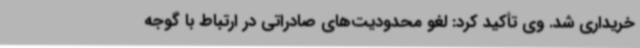
خریداری شد. وی تأکید کرد: لغو محدودیت‌های صادراتی در ارتباط با گوجه